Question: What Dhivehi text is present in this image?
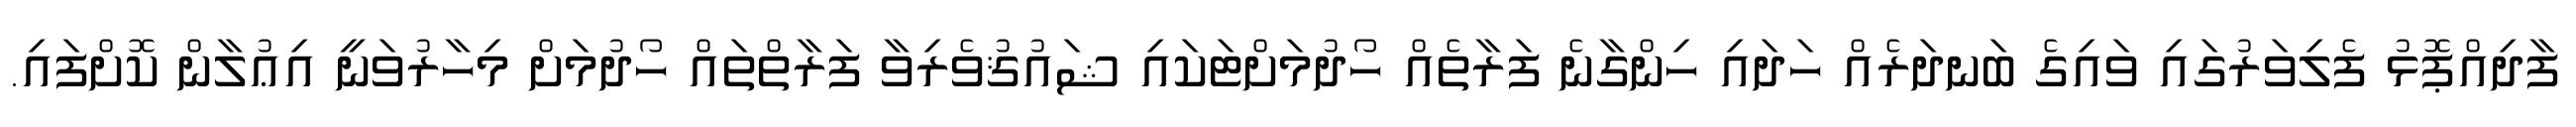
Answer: ފާދިއްޕޮޅު ފެލިވަރުގައި ވައިގެ ބަނދަރެއް ހަދައި ހިންގާނެ ފަރާތެއް ހޯދުމަށްޓަކައި ޝައުޤުވެރިވާ ފަރާތްތައް ހޯދުމަށް މިހާރުވަނީ އިޢުލާން ކޮށްފައި.